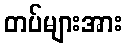
တပ်များအား